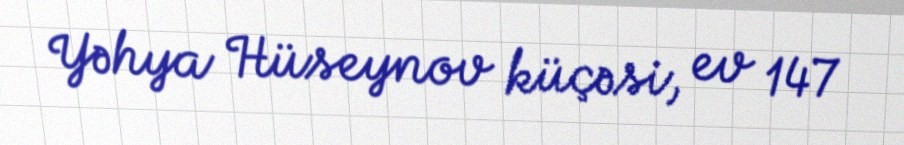
Yəhya Hüseynov küçəsi, ev 147